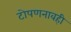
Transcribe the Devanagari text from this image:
टोपणनावही